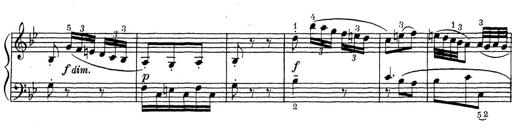
Title: ÄŒeskÃ© Sonatiny
Composer: Various